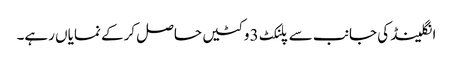
انگلینڈ کی جانب سے پلنکٹ 3 وکٹیں حاصل کرکے نمایاں رہے۔